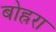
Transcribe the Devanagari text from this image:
बोह्ररा